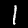
Label: 1